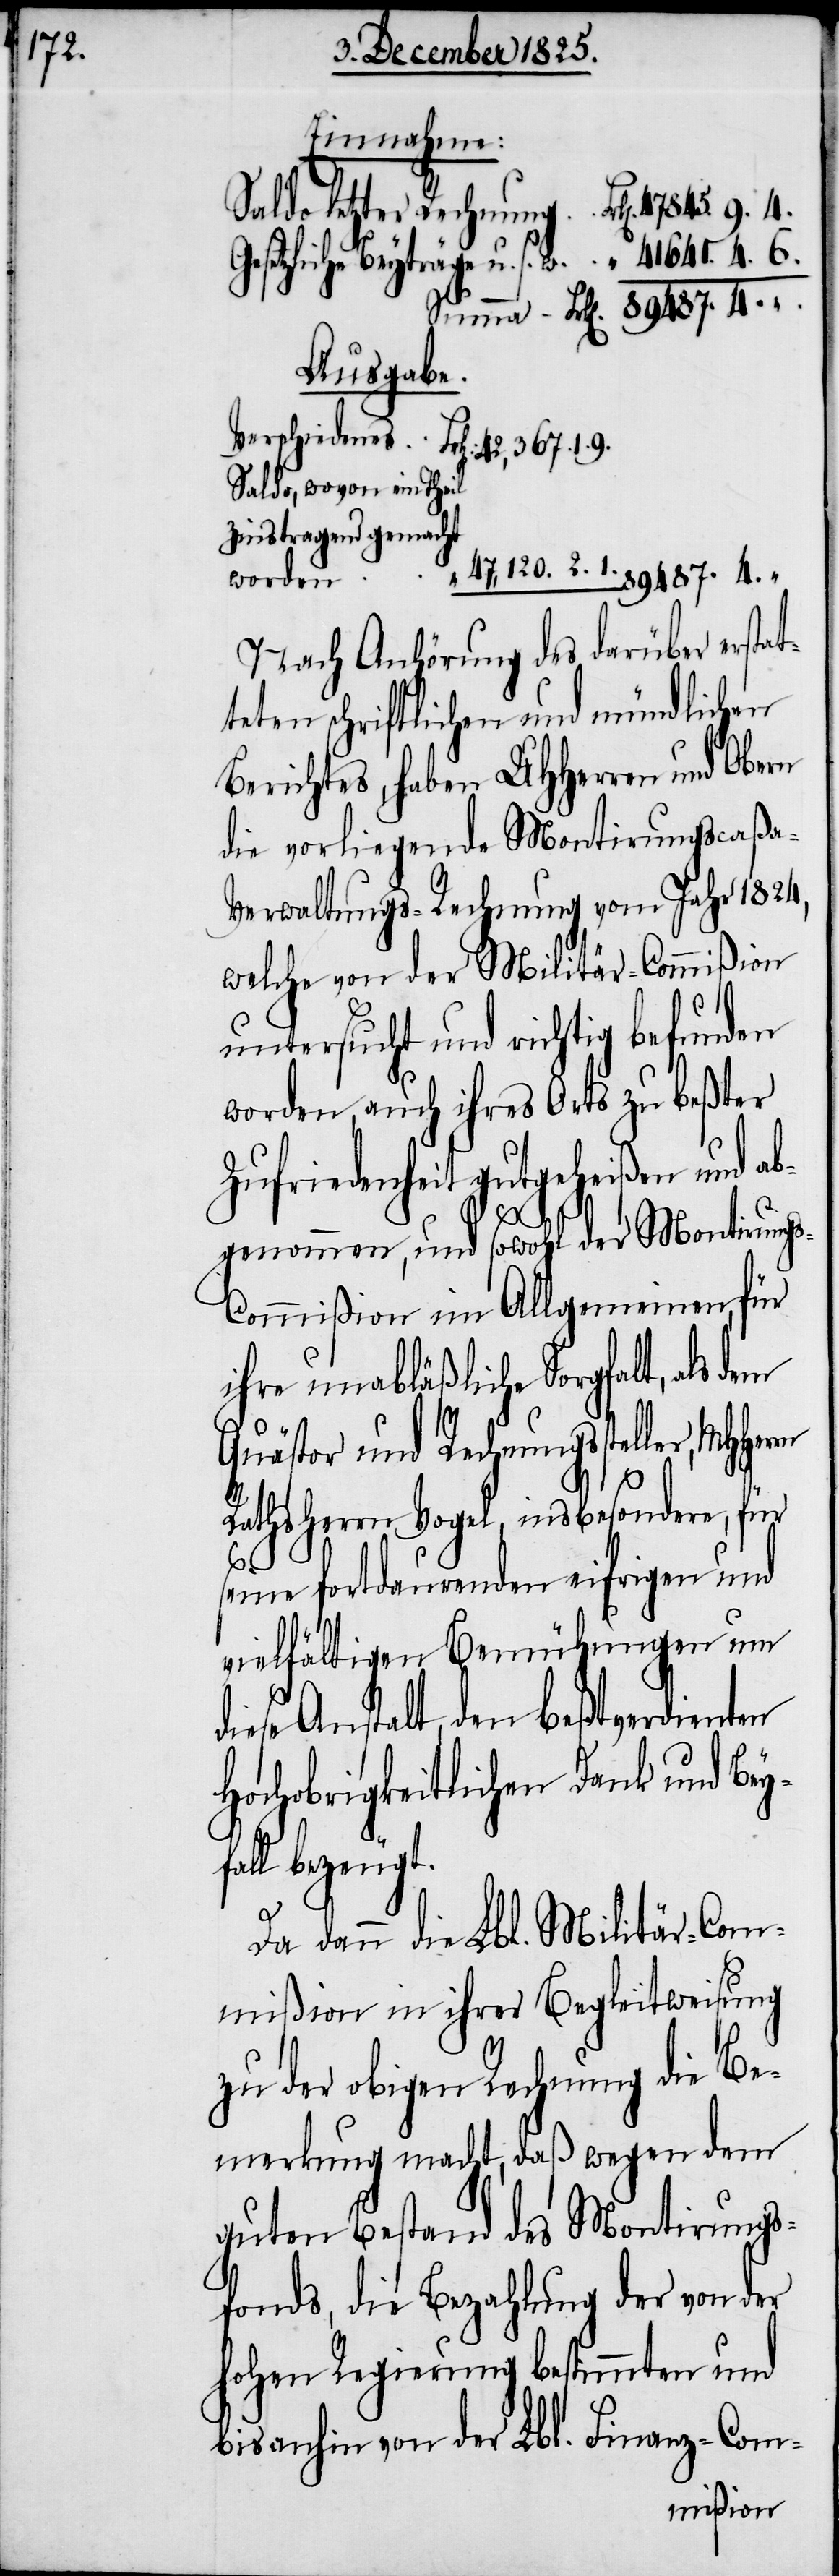
Einnahme:
Gesetzliche Beyträge u. s. w.
Ausgabe.
Saldo, wovon ein Theil
Zinstragend gemacht
fa¬
47,120. 2. 1.
worden
89 487. 4.
Nach Anhörung des darüber erstat¬
teten schriftlichen und mündlichen
Berichtes, haben UHHerren und Obern
die vorliegende Montirungscaßa-V¬
erwaltungs-Rechnung vom Jahr 1824,
welche von der Militär-Commißion
untersucht und richtig befunden
worden, auch ihres Orts zu beßter
Zufriedenheit gutgeheißen und ab¬
genommen, und sowohl der Montirungs-C¬
ommißion im Allgemeinen für
ihre unabläßliche Sorgfalt, als dem
Quästor und Rechnungssteller,
Rathsherrn Vogel, insbesondere, für
seine fortdauernden eifrigen und
vielfältigen Bemühungen um
diese Anstalt, den bestverdienten
Hochobrigkeitlichen Dank und Bey¬
ll bezeugt.
Da dann die Lbl. Militär-Com¬
mißion in ihrer Begleitweisung
zu der obigen Rechnung die Be¬
merkung macht, daß wegen dem
guten Bestand des Montirungs¬
fonds, die Bezahlung der von der
hohen Regierung bestimmten und
bisanhin von der Lbl. Finanz-Com-